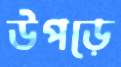
উপড়ে